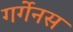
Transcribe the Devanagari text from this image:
गर्गेनस